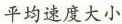
平均速度大小